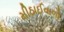
મીઠાઈવાળો